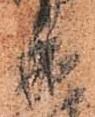
楽